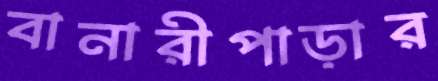
বানারীপাড়ার